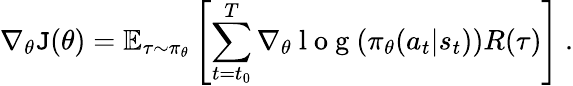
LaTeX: \nabla_{\theta}\mathtt{J}(\theta)=\mathbb{{E}}_{\tau\sim\pi_{\theta}}\left[\sum_{{t=t_{0}}}^{T}\nabla_{\theta}\mathrm{{~l~o~g~}}(\pi_{\theta}(a_{t}|s_{t}))R(\tau)\right]~.